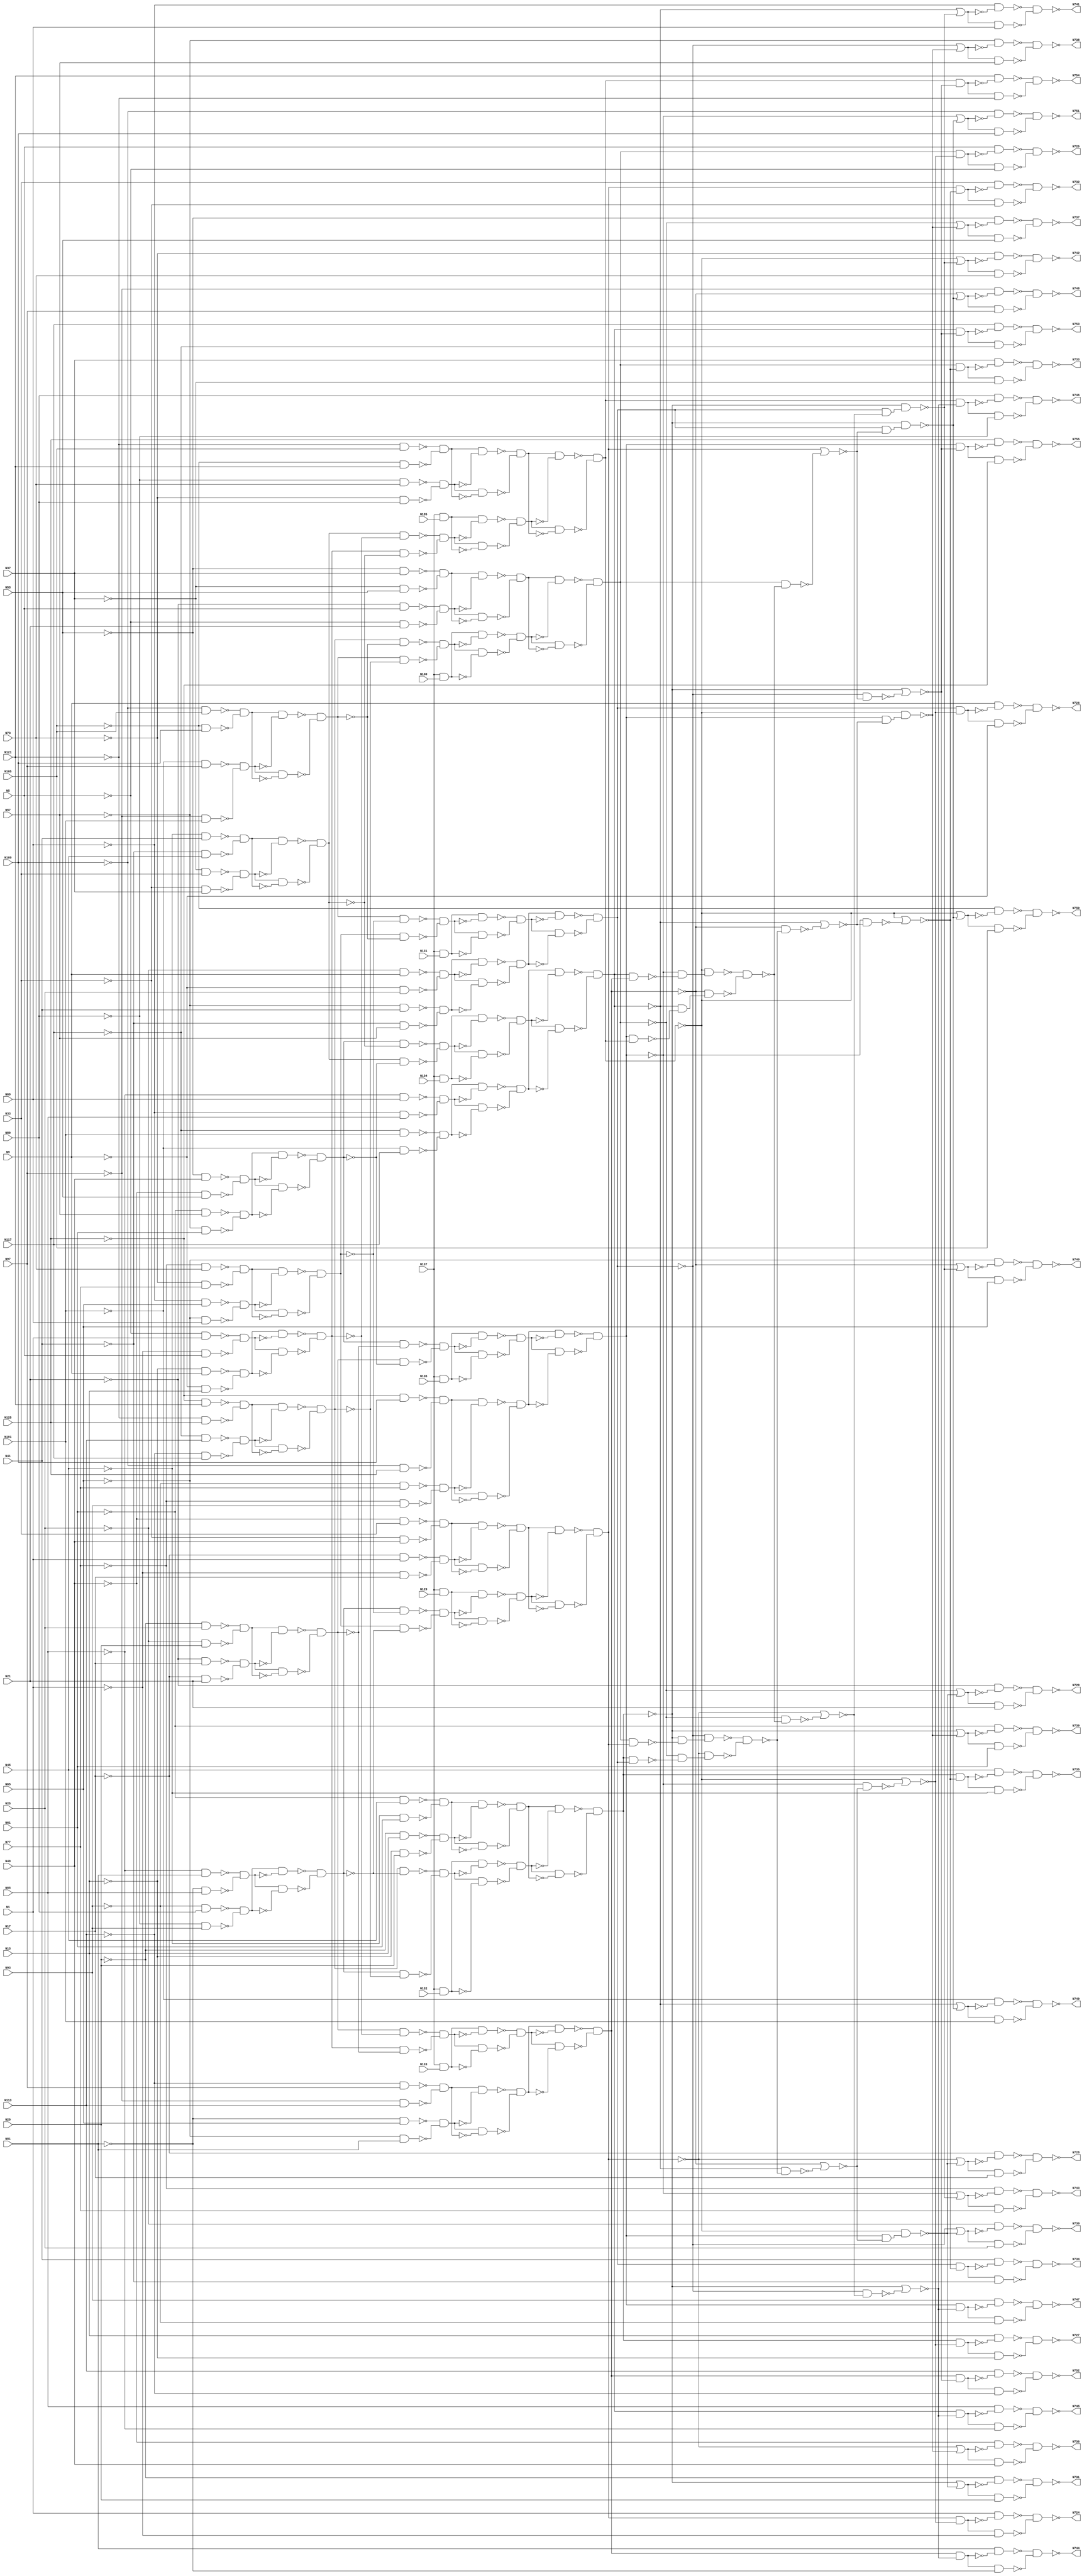

// Generated by Cadence Genus(TM) Synthesis Solution 16.22-s033_1
// Generated on: May  5 2020 09:32:50 EDT (May  5 2020 13:32:50 UTC)

// Verification Directory fv/c499 

module c499(N1, N5, N9, N13, N17, N21, N25, N29, N33, N37, N41, N45,
     N49, N53, N57, N61, N65, N69, N73, N77, N81, N85, N89, N93, N97,
     N101, N105, N109, N113, N117, N121, N125, N129, N130, N131, N132,
     N133, N134, N135, N136, N137, N724, N725, N726, N727, N728, N729,
     N730, N731, N732, N733, N734, N735, N736, N737, N738, N739, N740,
     N741, N742, N743, N744, N745, N746, N747, N748, N749, N750, N751,
     N752, N753, N754, N755);
  input N1, N5, N9, N13, N17, N21, N25, N29, N33, N37, N41, N45, N49,
       N53, N57, N61, N65, N69, N73, N77, N81, N85, N89, N93, N97,
       N101, N105, N109, N113, N117, N121, N125, N129, N130, N131,
       N132, N133, N134, N135, N136, N137;
  output N724, N725, N726, N727, N728, N729, N730, N731, N732, N733,
       N734, N735, N736, N737, N738, N739, N740, N741, N742, N743,
       N744, N745, N746, N747, N748, N749, N750, N751, N752, N753,
       N754, N755;
  wire N1, N5, N9, N13, N17, N21, N25, N29, N33, N37, N41, N45, N49,
       N53, N57, N61, N65, N69, N73, N77, N81, N85, N89, N93, N97,
       N101, N105, N109, N113, N117, N121, N125, N129, N130, N131,
       N132, N133, N134, N135, N136, N137;
  wire N724, N725, N726, N727, N728, N729, N730, N731, N732, N733,
       N734, N735, N736, N737, N738, N739, N740, N741, N742, N743,
       N744, N745, N746, N747, N748, N749, N750, N751, N752, N753,
       N754, N755;
  wire n_0, n_1, n_2, n_3, n_4, n_5, n_6, n_7;
  wire n_8, n_9, n_10, n_11, n_12, n_13, n_14, n_15;
  wire n_16, n_17, n_18, n_19, n_20, n_21, n_22, n_23;
  wire n_24, n_25, n_26, n_27, n_28, n_29, n_30, n_31;
  wire n_32, n_33, n_34, n_35, n_36, n_37, n_38, n_39;
  wire n_40, n_41, n_42, n_43, n_44, n_45, n_46, n_47;
  wire n_48, n_49, n_50, n_51, n_52, n_53, n_54, n_55;
  wire n_56, n_57, n_58, n_59, n_60, n_61, n_62, n_63;
  wire n_64, n_65, n_66, n_67, n_68, n_69, n_70, n_71;
  wire n_72, n_73, n_75, n_77, n_79, n_81, n_82, n_83;
  wire n_84, n_85, n_86, n_87, n_88, n_89, n_90, n_91;
  wire n_92, n_93, n_94, n_95, n_96, n_97, n_98, n_99;
  wire n_100, n_101, n_102, n_103, n_104, n_105, n_106, n_107;
  wire n_108, n_109, n_110, n_111, n_112, n_113, n_114, n_115;
  wire n_116, n_117, n_118, n_119, n_120, n_121, n_122, n_123;
  wire n_124, n_125, n_126, n_127, n_128, n_129, n_130, n_131;
  wire n_132, n_133, n_134, n_135, n_136, n_137, n_138, n_139;
  wire n_140, n_141, n_142, n_143, n_144, n_145, n_146, n_147;
  wire n_148, n_149, n_150, n_151, n_152, n_153, n_154, n_155;
  wire n_156, n_157, n_158, n_159, n_160, n_161, n_162, n_163;
  wire n_164, n_165, n_166, n_167, n_168, n_169, n_170, n_171;
  wire n_172, n_173, n_174, n_175, n_176, n_177, n_178, n_179;
  wire n_180, n_181, n_182, n_183, n_184, n_185;
  wire w, w0, w1, w2;
  nand g2112__7837 (N736, w0, w2);
  nand g2 (w2, w1, N49);
  not g1 (w1, n_185);
  nand g0 (w0, w, n_185);
  not g (w, N49);
  wire w3, w4, w5, w6;
  nand g2111__7557 (N729, w4, w6);
  nand g6 (w6, w5, N21);
  not g5 (w5, n_184);
  nand g4 (w4, w3, n_184);
  not g3 (w3, N21);
  wire w7, w8, w9, w10;
  nand g2119__7654 (N730, w8, w10);
  nand g10 (w10, w9, N25);
  not g9 (w9, n_183);
  nand g8 (w8, w7, n_183);
  not g7 (w7, N25);
  wire w11, w12, w13, w14;
  nand g2105__8867 (N731, w12, w14);
  nand g14 (w14, w13, N29);
  not g13 (w13, n_181);
  nand g12 (w12, w11, n_181);
  not g11 (w11, N29);
  wire w15, w16, w17, w18;
  nand g2110__1377 (N728, w16, w18);
  nand g18 (w18, w17, N17);
  not g17 (w17, n_159);
  nand g16 (w16, w15, n_159);
  not g15 (w15, N17);
  wire w19, w20, w21, w22;
  nand g2113__3717 (N737, w20, w22);
  nand g22 (w22, w21, N53);
  not g21 (w21, n_179);
  nand g20 (w20, w19, n_179);
  not g19 (w19, N53);
  wire w23, w24, w25, w26;
  nand g2106__4599 (N738, w24, w26);
  nand g26 (w26, w25, N57);
  not g25 (w25, n_176);
  nand g24 (w24, w23, n_176);
  not g23 (w23, N57);
  wire w27, w28, w29, w30;
  nand g2107__3779 (N739, w28, w30);
  nand g30 (w30, w29, N61);
  not g29 (w29, n_165);
  nand g28 (w28, w27, n_165);
  not g27 (w27, N61);
  wire w31, w32, w33, w34;
  nand g2116__2007 (N748, w32, w34);
  nand g34 (w34, w33, N97);
  not g33 (w33, n_173);
  nand g32 (w32, w31, n_173);
  not g31 (w31, N97);
  wire w35, w36, w37, w38;
  nand g2115__1237 (N741, w36, w38);
  nand g38 (w38, w37, N69);
  not g37 (w37, n_174);
  nand g36 (w36, w35, n_174);
  not g35 (w35, N69);
  wire w39, w40, w41, w42;
  nand g2108__1297 (N742, w40, w42);
  nand g42 (w42, w41, N73);
  not g41 (w41, n_168);
  nand g40 (w40, w39, n_168);
  not g39 (w39, N73);
  wire w43, w44, w45, w46;
  nand g2109__2006 (N743, w44, w46);
  nand g46 (w46, w45, N77);
  not g45 (w45, n_167);
  nand g44 (w44, w43, n_167);
  not g43 (w43, N77);
  wire w47, w48, w49, w50;
  nand g2114__2833 (N740, w48, w50);
  nand g50 (w50, w49, N65);
  not g49 (w49, n_171);
  nand g48 (w48, w47, n_171);
  not g47 (w47, N65);
  wire w51, w52, w53, w54;
  nand g2118__7547 (N749, w52, w54);
  nand g54 (w54, w53, N101);
  not g53 (w53, n_163);
  nand g52 (w52, w51, n_163);
  not g51 (w51, N101);
  wire w55, w56, w57, w58;
  nand g2117__7765 (N750, w56, w58);
  nand g58 (w58, w57, N105);
  not g57 (w57, n_161);
  nand g56 (w56, w55, n_161);
  not g55 (w55, N105);
  wire w59, w60, w61, w62;
  nand g2104__9867 (N751, w60, w62);
  nand g62 (w62, w61, N109);
  not g61 (w61, n_180);
  nand g60 (w60, w59, n_180);
  not g59 (w59, N109);
  wire w63, w64, w65, w66;
  nand g2092__3377 (N732, w64, w66);
  nand g66 (w66, w65, n_15);
  not g65 (w65, n_154);
  nand g64 (w64, w63, n_154);
  not g63 (w63, n_15);
  wire w67, w68, w69, w70;
  nand g2090__9719 (N726, w68, w70);
  nand g70 (w70, w69, n_2);
  not g69 (w69, n_153);
  nand g68 (w68, w67, n_153);
  not g67 (w67, n_2);
  wire w71, w72, w73, w74;
  nand g2091__1591 (N727, w72, w74);
  nand g74 (w74, w73, n_12);
  not g73 (w73, n_140);
  nand g72 (w72, w71, n_140);
  not g71 (w71, n_12);
  wire w75, w76, w77, w78;
  nand g2089__6789 (N725, w76, w78);
  nand g78 (w78, w77, n_7);
  not g77 (w77, n_131);
  nand g76 (w76, w75, n_131);
  not g75 (w75, n_7);
  wire w79, w80, w81, w82;
  nand g2103__5927 (N724, w80, w82);
  nand g82 (w82, w81, n_5);
  not g81 (w81, n_150);
  nand g80 (w80, w79, n_150);
  not g79 (w79, n_5);
  wire w83, w84, w85, w86;
  nand g2093__2001 (N733, w84, w86);
  nand g86 (w86, w85, n_13);
  not g85 (w85, n_138);
  nand g84 (w84, w83, n_138);
  not g83 (w83, n_13);
  wire w87, w88, w89, w90;
  nand g2094__1122 (N734, w88, w90);
  nand g90 (w90, w89, n_4);
  not g89 (w89, n_146);
  nand g88 (w88, w87, n_146);
  not g87 (w87, n_4);
  wire w91, w92, w93, w94;
  nand g2095__2005 (N735, w92, w94);
  nand g94 (w94, w93, n_3);
  not g93 (w93, n_135);
  nand g92 (w92, w91, n_135);
  not g91 (w91, n_3);
  wire w95, w96, w97, w98;
  nand g2100__9771 (N752, w96, w98);
  nand g98 (w98, w97, n_8);
  not g97 (w97, n_152);
  nand g96 (w96, w95, n_152);
  not g95 (w95, n_8);
  wire w99, w100, w101, w102;
  nand g2097__3457 (N745, w100, w102);
  nand g102 (w102, w101, n_10);
  not g101 (w101, n_157);
  nand g100 (w100, w99, n_157);
  not g99 (w99, n_10);
  wire w103, w104, w105, w106;
  nand g2098__1279 (N746, w104, w106);
  nand g106 (w106, w105, n_14);
  not g105 (w105, n_147);
  nand g104 (w104, w103, n_147);
  not g103 (w103, n_14);
  wire w107, w108, w109, w110;
  nand g2099__6179 (N747, w108, w110);
  nand g110 (w110, w109, n_6);
  not g109 (w109, n_137);
  nand g108 (w108, w107, n_137);
  not g107 (w107, n_6);
  wire w111, w112, w113, w114;
  nand g2096__7837 (N744, w112, w114);
  nand g114 (w114, w113, n_0);
  not g113 (w113, n_156);
  nand g112 (w112, w111, n_156);
  not g111 (w111, n_0);
  wire w115, w116, w117, w118;
  nand g2101__7557 (N753, w116, w118);
  nand g118 (w118, w117, n_1);
  not g117 (w117, n_143);
  nand g116 (w116, w115, n_143);
  not g115 (w115, n_1);
  wire w119, w120, w121, w122;
  nand g2102__7654 (N754, w120, w122);
  nand g122 (w122, w121, n_11);
  not g121 (w121, n_133);
  nand g120 (w120, w119, n_133);
  not g119 (w119, n_11);
  wire w123, w124, w125, w126;
  nand g2088__8867 (N755, w124, w126);
  nand g126 (w126, w125, n_9);
  not g125 (w125, n_139);
  nand g124 (w124, w123, n_139);
  not g123 (w123, n_9);
  nor g2140__1377 (n_185, n_158, n_178);
  nor g2137__3717 (n_184, n_177, n_182);
  nor g2138__4599 (n_183, n_175, n_182);
  nor g2139__3779 (n_181, n_164, n_182);
  nor g2136__2007 (n_180, n_166, n_172);
  nor g2141__1237 (n_179, n_177, n_178);
  nor g2142__1297 (n_176, n_175, n_178);
  nor g2145__2006 (n_174, n_162, n_170);
  nor g2148__2833 (n_173, n_169, n_172);
  nor g2144__7547 (n_171, n_169, n_170);
  nor g2146__7765 (n_168, n_160, n_170);
  nor g2147__9867 (n_167, n_166, n_170);
  nor g2143__3377 (n_165, n_164, n_178);
  nor g2149__9719 (n_163, n_162, n_172);
  nor g2150__1591 (n_161, n_160, n_172);
  nor g2151__6789 (n_159, n_158, n_182);
  nand g2129__5927 (n_157, n_141, n_155);
  nand g2128__2001 (n_156, n_151, n_155);
  nand g2124__1122 (n_154, n_148, n_145);
  nand g2122__2005 (n_153, n_144, n_149);
  nand g2120__9771 (n_152, n_151, n_142);
  nand g2121__3457 (n_150, n_148, n_149);
  nand g2130__1279 (n_147, n_132, n_155);
  nand g2125__6179 (n_146, n_144, n_145);
  nand g2133__7837 (n_143, n_141, n_142);
  nand g2123__7557 (n_140, n_134, n_149);
  nand g2132__7654 (n_139, n_136, n_142);
  nand g2126__8867 (n_138, n_130, n_145);
  nand g2131__1377 (n_137, n_136, n_155);
  nand g2127__3717 (n_135, n_134, n_145);
  nand g2134__4599 (n_133, n_132, n_142);
  nand g2135__3779 (n_131, n_130, n_149);
  nand g2152__2007 (n_178, n_160, n_128);
  nand g2154__1237 (n_182, n_160, n_127);
  nand g2155__1297 (n_170, n_164, n_129);
  nand g2156__2006 (n_172, n_164, n_126);
  nor g2153__2833 (n_145, n_160, n_121);
  nor g2157__7547 (n_149, n_160, n_117);
  nor g2158__7765 (n_155, n_164, n_119);
  nor g2159__9867 (n_142, n_164, n_122);
  not g2160 (n_129, n_123);
  not g2161 (n_128, n_124);
  not g2162 (n_127, n_125);
  not g2167 (n_126, n_115);
  nand g2165__3377 (n_125, n_136, n_116);
  nand g2164__9719 (n_124, n_136, n_120);
  nand g2163__1591 (n_123, n_144, n_118);
  nand g2166__6789 (n_122, n_175, n_114);
  nand g2170__5927 (n_121, n_166, n_120);
  nand g2169__2001 (n_119, n_175, n_118);
  nand g2168__1122 (n_117, n_166, n_116);
  nand g2171__2005 (n_115, n_144, n_114);
  nor g2172__9771 (n_116, n_169, n_109);
  nor g2173__3457 (n_120, n_162, n_110);
  nor g2174__1279 (n_114, n_148, n_112);
  nor g2175__6179 (n_118, n_158, n_113);
  nand g2179__7837 (n_113, n_177, n_111);
  nand g2176__7557 (n_112, n_130, n_111);
  nand g2177__7654 (n_110, n_169, n_108);
  nand g2178__8867 (n_109, n_162, n_108);
  nand g2180__1377 (n_111, n_104, n_107);
  nand g2181__3717 (n_108, n_105, n_106);
  nand g2182__4599 (n_107, n_169, n_102);
  nand g2183__3779 (n_106, n_158, n_100);
  nand g2184__2007 (n_105, n_175, n_103);
  nand g2185__1237 (n_104, n_160, n_101);
  not g2186 (n_103, n_99);
  not g2187 (n_102, n_98);
  not g2190 (n_101, n_97);
  not g2191 (n_100, n_96);
  nand g2188__1297 (n_99, n_164, n_95);
  nand g2189__2006 (n_98, n_162, n_94);
  nand g2192__2833 (n_97, n_166, n_93);
  nand g2193__7547 (n_96, n_177, n_92);
  nand g2194__7765 (n_95, n_130, n_148);
  nand g2195__9867 (n_94, n_136, n_132);
  nand g2196__3377 (n_93, n_141, n_151);
  nand g2197__9719 (n_92, n_134, n_144);
  not g2207 (n_132, n_160);
  not g2206 (n_130, n_177);
  not g2208 (n_136, n_166);
  not g2209 (n_144, n_175);
  not g2200 (n_141, n_162);
  not g2199 (n_151, n_169);
  not g2201 (n_134, n_164);
  not g2198 (n_148, n_158);
  wire w127, w128, w129, w130;
  nand g2210__1591 (n_177, w128, w130);
  nand g130 (w130, w129, n_62);
  not g129 (w129, n_86);
  nand g128 (w128, w127, n_86);
  not g127 (w127, n_62);
  wire w131, w132, w133, w134;
  nand g2203__6789 (n_169, w132, w134);
  nand g134 (w134, w133, n_61);
  not g133 (w133, n_87);
  nand g132 (w132, w131, n_87);
  not g131 (w131, n_61);
  wire w135, w136, w137, w138;
  nand g2204__5927 (n_162, w136, w138);
  nand g138 (w138, w137, n_56);
  not g137 (w137, n_88);
  nand g136 (w136, w135, n_88);
  not g135 (w135, n_56);
  wire w139, w140, w141, w142;
  nand g2205__2001 (n_164, w140, w142);
  nand g142 (w142, w141, n_63);
  not g141 (w141, n_90);
  nand g140 (w140, w139, n_90);
  not g139 (w139, n_63);
  wire w143, w144, w145, w146;
  nand g2202__1122 (n_158, w144, w146);
  nand g146 (w146, w145, n_59);
  not g145 (w145, n_89);
  nand g144 (w144, w143, n_89);
  not g143 (w143, n_59);
  wire w147, w148, w149, w150;
  nand g2212__2005 (n_166, w148, w150);
  nand g150 (w150, w149, n_58);
  not g149 (w149, n_85);
  nand g148 (w148, w147, n_85);
  not g147 (w147, n_58);
  wire w151, w152, w153, w154;
  nand g2213__9771 (n_175, w152, w154);
  nand g154 (w154, w153, n_60);
  not g153 (w153, n_84);
  nand g152 (w152, w151, n_84);
  not g151 (w151, n_60);
  wire w155, w156, w157, w158;
  nand g2211__3457 (n_160, w156, w158);
  nand g158 (w158, w157, n_57);
  not g157 (w157, n_91);
  nand g156 (w156, w155, n_91);
  not g155 (w155, n_57);
  wire w159, w160, w161, w162;
  nand g2216__1279 (n_91, w160, w162);
  nand g162 (w162, w161, n_18);
  not g161 (w161, n_82);
  nand g160 (w160, w159, n_82);
  not g159 (w159, n_18);
  wire w163, w164, w165, w166;
  nand g2215__6179 (n_90, w164, w166);
  nand g166 (w166, w165, n_20);
  not g165 (w165, n_83);
  nand g164 (w164, w163, n_83);
  not g163 (w163, n_20);
  wire w167, w168, w169, w170;
  nand g2214__7837 (n_89, w168, w170);
  nand g170 (w170, w169, n_23);
  not g169 (w169, n_71);
  nand g168 (w168, w167, n_71);
  not g167 (w167, n_23);
  wire w171, w172, w173, w174;
  nand g2217__7557 (n_88, w172, w174);
  nand g174 (w174, w173, n_16);
  not g173 (w173, n_77);
  nand g172 (w172, w171, n_77);
  not g171 (w171, n_16);
  wire w175, w176, w177, w178;
  nand g2220__7654 (n_87, w176, w178);
  nand g178 (w178, w177, n_21);
  not g177 (w177, n_81);
  nand g176 (w176, w175, n_81);
  not g175 (w175, n_21);
  wire w179, w180, w181, w182;
  nand g2219__8867 (n_86, w180, w182);
  nand g182 (w182, w181, n_17);
  not g181 (w181, n_73);
  nand g180 (w180, w179, n_73);
  not g179 (w179, n_17);
  wire w183, w184, w185, w186;
  nand g2218__1377 (n_85, w184, w186);
  nand g186 (w186, w185, n_19);
  not g185 (w185, n_69);
  nand g184 (w184, w183, n_69);
  not g183 (w183, n_19);
  wire w187, w188, w189, w190;
  nand g2221__3717 (n_84, w188, w190);
  nand g190 (w190, w189, n_22);
  not g189 (w189, n_66);
  nand g188 (w188, w187, n_66);
  not g187 (w187, n_22);
  wire w191, w192, w193, w194;
  nand g2224__4599 (n_83, w192, w194);
  nand g194 (w194, w193, n_72);
  not g193 (w193, n_70);
  nand g192 (w192, w191, n_70);
  not g191 (w191, n_72);
  wire w195, w196, w197, w198;
  nand g2223__3779 (n_82, w196, w198);
  nand g198 (w198, w197, n_75);
  not g197 (w197, n_79);
  nand g196 (w196, w195, n_79);
  not g195 (w195, n_75);
  wire w199, w200, w201, w202;
  nand g2222__2007 (n_81, w200, w202);
  nand g202 (w202, w201, n_68);
  not g201 (w201, n_79);
  nand g200 (w200, w199, n_79);
  not g199 (w199, n_68);
  wire w203, w204, w205, w206;
  nand g2225__1237 (n_77, w204, w206);
  nand g206 (w206, w205, n_67);
  not g205 (w205, n_75);
  nand g204 (w204, w203, n_75);
  not g203 (w203, n_67);
  wire w207, w208, w209, w210;
  nand g2228__1297 (n_73, w208, w210);
  nand g210 (w210, w209, n_72);
  not g209 (w209, n_64);
  nand g208 (w208, w207, n_64);
  not g207 (w207, n_72);
  wire w211, w212, w213, w214;
  nand g2227__2006 (n_71, w212, w214);
  nand g214 (w214, w213, n_70);
  not g213 (w213, n_65);
  nand g212 (w212, w211, n_65);
  not g211 (w211, n_70);
  wire w215, w216, w217, w218;
  nand g2226__2833 (n_69, w216, w218);
  nand g218 (w218, w217, n_67);
  not g217 (w217, n_68);
  nand g216 (w216, w215, n_68);
  not g215 (w215, n_67);
  wire w219, w220, w221, w222;
  nand g2229__7547 (n_66, w220, w222);
  nand g222 (w222, w221, n_64);
  not g221 (w221, n_65);
  nand g220 (w220, w219, n_65);
  not g219 (w219, n_64);
  wire w223, w224, w225, w226;
  nand g2230__7765 (n_63, w224, w226);
  nand g226 (w226, w225, n_34);
  not g225 (w225, n_33);
  nand g224 (w224, w223, n_33);
  not g223 (w223, n_34);
  wire w227, w228, w229, w230;
  nand g2231__9867 (n_62, w228, w230);
  nand g230 (w230, w229, n_50);
  not g229 (w229, n_48);
  nand g228 (w228, w227, n_48);
  not g227 (w227, n_50);
  wire w231, w232, w233, w234;
  nand g2232__3377 (n_61, w232, w234);
  nand g234 (w234, w233, n_27);
  not g233 (w233, n_25);
  nand g232 (w232, w231, n_25);
  not g231 (w231, n_27);
  wire w235, w236, w237, w238;
  nand g2233__9719 (n_75, w236, w238);
  nand g238 (w238, w237, n_32);
  not g237 (w237, n_26);
  nand g236 (w236, w235, n_26);
  not g235 (w235, n_32);
  wire w239, w240, w241, w242;
  nand g2234__1591 (n_68, w240, w242);
  nand g242 (w242, w241, n_35);
  not g241 (w241, n_54);
  nand g240 (w240, w239, n_54);
  not g239 (w239, n_35);
  wire w243, w244, w245, w246;
  nand g2235__6789 (n_79, w244, w246);
  nand g246 (w246, w245, n_39);
  not g245 (w245, n_40);
  nand g244 (w244, w243, n_40);
  not g243 (w243, n_39);
  wire w247, w248, w249, w250;
  nand g2236__5927 (n_65, w248, w250);
  nand g250 (w250, w249, n_29);
  not g249 (w249, n_36);
  nand g248 (w248, w247, n_36);
  not g247 (w247, n_29);
  wire w251, w252, w253, w254;
  nand g2237__2001 (n_70, w252, w254);
  nand g254 (w254, w253, n_24);
  not g253 (w253, n_31);
  nand g252 (w252, w251, n_31);
  not g251 (w251, n_24);
  wire w255, w256, w257, w258;
  nand g2242__1122 (n_60, w256, w258);
  nand g258 (w258, w257, n_51);
  not g257 (w257, n_41);
  nand g256 (w256, w255, n_41);
  not g255 (w255, n_51);
  wire w259, w260, w261, w262;
  nand g2239__2005 (n_59, w260, w262);
  nand g262 (w262, w261, n_30);
  not g261 (w261, n_43);
  nand g260 (w260, w259, n_43);
  not g259 (w259, n_30);
  wire w263, w264, w265, w266;
  nand g2240__9771 (n_58, w264, w266);
  nand g266 (w266, w265, n_42);
  not g265 (w265, n_49);
  nand g264 (w264, w263, n_49);
  not g263 (w263, n_42);
  wire w267, w268, w269, w270;
  nand g2241__3457 (n_57, w268, w270);
  nand g270 (w270, w269, n_38);
  not g269 (w269, n_28);
  nand g268 (w268, w267, n_28);
  not g267 (w267, n_38);
  wire w271, w272, w273, w274;
  nand g2238__1279 (n_56, w272, w274);
  nand g274 (w274, w273, n_47);
  not g273 (w273, n_55);
  nand g272 (w272, w271, n_55);
  not g271 (w271, n_47);
  wire w275, w276, w277, w278;
  nand g2244__6179 (n_64, w276, w278);
  nand g278 (w278, w277, n_45);
  not g277 (w277, n_44);
  nand g276 (w276, w275, n_44);
  not g275 (w275, n_45);
  wire w279, w280, w281, w282;
  nand g2245__7837 (n_67, w280, w282);
  nand g282 (w282, w281, n_52);
  not g281 (w281, n_53);
  nand g280 (w280, w279, n_53);
  not g279 (w279, n_52);
  wire w283, w284, w285, w286;
  nand g2243__7557 (n_72, w284, w286);
  nand g286 (w286, w285, n_46);
  not g285 (w285, n_37);
  nand g284 (w284, w283, n_37);
  not g283 (w283, n_46);
  wire w287, w288, w289, w290;
  nand g2277__7654 (n_55, w288, w290);
  nand g290 (w290, w289, N85);
  not g289 (w289, N69);
  nand g288 (w288, w287, N69);
  not g287 (w287, N85);
  wire w291, w292, w293, w294;
  nand g2263__8867 (n_54, w292, w294);
  nand g294 (w294, w293, N21);
  not g293 (w293, N17);
  nand g292 (w292, w291, N17);
  not g291 (w291, N21);
  wire w295, w296, w297, w298;
  nand g2260__1377 (n_53, w296, w298);
  nand g298 (w298, w297, N53);
  not g297 (w297, N49);
  nand g296 (w296, w295, N49);
  not g295 (w295, N53);
  wire w299, w300, w301, w302;
  nand g2262__3717 (n_52, w300, w302);
  nand g302 (w302, w301, N61);
  not g301 (w301, N57);
  nand g300 (w300, w299, N57);
  not g299 (w299, N61);
  wire w303, w304, w305, w306;
  nand g2264__4599 (n_51, w304, w306);
  nand g306 (w306, w305, N57);
  not g305 (w305, N41);
  nand g304 (w304, w303, N41);
  not g303 (w303, N57);
  wire w307, w308, w309, w310;
  nand g2265__3779 (n_50, w308, w310);
  nand g310 (w310, w309, N53);
  not g309 (w309, N37);
  nand g308 (w308, w307, N37);
  not g307 (w307, N53);
  wire w311, w312, w313, w314;
  nand g2259__2007 (n_49, w312, w314);
  nand g314 (w314, w313, N93);
  not g313 (w313, N77);
  nand g312 (w312, w311, N77);
  not g311 (w311, N93);
  wire w315, w316, w317, w318;
  nand g2258__1237 (n_48, w316, w318);
  nand g318 (w318, w317, N21);
  not g317 (w317, N5);
  nand g316 (w316, w315, N5);
  not g315 (w315, N21);
  wire w319, w320, w321, w322;
  nand g2268__1297 (n_47, w320, w322);
  nand g322 (w322, w321, N117);
  not g321 (w321, N101);
  nand g320 (w320, w319, N101);
  not g319 (w319, N117);
  wire w323, w324, w325, w326;
  nand g2270__2006 (n_46, w324, w326);
  nand g326 (w326, w325, N125);
  not g325 (w325, N121);
  nand g324 (w324, w323, N121);
  not g323 (w323, N125);
  wire w327, w328, w329, w330;
  nand g2272__2833 (n_45, w328, w330);
  nand g330 (w330, w329, N109);
  not g329 (w329, N105);
  nand g328 (w328, w327, N105);
  not g327 (w327, N109);
  wire w331, w332, w333, w334;
  nand g2273__7547 (n_44, w332, w334);
  nand g334 (w334, w333, N101);
  not g333 (w333, N97);
  nand g332 (w332, w331, N97);
  not g331 (w331, N101);
  wire w335, w336, w337, w338;
  nand g2274__7765 (n_43, w336, w338);
  nand g338 (w338, w337, N17);
  not g337 (w337, N1);
  nand g336 (w336, w335, N1);
  not g335 (w335, N17);
  wire w339, w340, w341, w342;
  nand g2269__9867 (n_42, w340, w342);
  nand g342 (w342, w341, N125);
  not g341 (w341, N109);
  nand g340 (w340, w339, N109);
  not g339 (w339, N125);
  wire w343, w344, w345, w346;
  nand g2276__3377 (n_41, w344, w346);
  nand g346 (w346, w345, N25);
  not g345 (w345, N9);
  nand g344 (w344, w343, N9);
  not g343 (w343, N25);
  wire w347, w348, w349, w350;
  nand g2257__9719 (n_40, w348, w350);
  nand g350 (w350, w349, N5);
  not g349 (w349, N1);
  nand g348 (w348, w347, N1);
  not g347 (w347, N5);
  wire w351, w352, w353, w354;
  nand g2255__1591 (n_39, w352, w354);
  nand g354 (w354, w353, N13);
  not g353 (w353, N9);
  nand g352 (w352, w351, N9);
  not g351 (w351, N13);
  wire w355, w356, w357, w358;
  nand g2275__6789 (n_38, w356, w358);
  nand g358 (w358, w357, N121);
  not g357 (w357, N105);
  nand g356 (w356, w355, N105);
  not g355 (w355, N121);
  wire w359, w360, w361, w362;
  nand g2271__5927 (n_37, w360, w362);
  nand g362 (w362, w361, N117);
  not g361 (w361, N113);
  nand g360 (w360, w359, N113);
  not g359 (w359, N117);
  wire w363, w364, w365, w366;
  nand g2246__2001 (n_36, w364, w366);
  nand g366 (w366, w365, N69);
  not g365 (w365, N65);
  nand g364 (w364, w363, N65);
  not g363 (w363, N69);
  wire w367, w368, w369, w370;
  nand g2247__1122 (n_35, w368, w370);
  nand g370 (w370, w369, N29);
  not g369 (w369, N25);
  nand g368 (w368, w367, N25);
  not g367 (w367, N29);
  wire w371, w372, w373, w374;
  nand g2248__2005 (n_34, w372, w374);
  nand g374 (w374, w373, N61);
  not g373 (w373, N45);
  nand g372 (w372, w371, N45);
  not g371 (w371, N61);
  wire w375, w376, w377, w378;
  nand g2249__9771 (n_33, w376, w378);
  nand g378 (w378, w377, N29);
  not g377 (w377, N13);
  nand g376 (w376, w375, N13);
  not g375 (w375, N29);
  wire w379, w380, w381, w382;
  nand g2267__3457 (n_32, w380, w382);
  nand g382 (w382, w381, N45);
  not g381 (w381, N41);
  nand g380 (w380, w379, N41);
  not g379 (w379, N45);
  wire w383, w384, w385, w386;
  nand g2250__1279 (n_31, w384, w386);
  nand g386 (w386, w385, N85);
  not g385 (w385, N81);
  nand g384 (w384, w383, N81);
  not g383 (w383, N85);
  wire w387, w388, w389, w390;
  nand g2251__6179 (n_30, w388, w390);
  nand g390 (w390, w389, N49);
  not g389 (w389, N33);
  nand g388 (w388, w387, N33);
  not g387 (w387, N49);
  wire w391, w392, w393, w394;
  nand g2252__7837 (n_29, w392, w394);
  nand g394 (w394, w393, N77);
  not g393 (w393, N73);
  nand g392 (w392, w391, N73);
  not g391 (w391, N77);
  wire w395, w396, w397, w398;
  nand g2261__7557 (n_28, w396, w398);
  nand g398 (w398, w397, N89);
  not g397 (w397, N73);
  nand g396 (w396, w395, N73);
  not g395 (w395, N89);
  wire w399, w400, w401, w402;
  nand g2253__7654 (n_27, w400, w402);
  nand g402 (w402, w401, N113);
  not g401 (w401, N97);
  nand g400 (w400, w399, N97);
  not g399 (w399, N113);
  wire w403, w404, w405, w406;
  nand g2266__8867 (n_26, w404, w406);
  nand g406 (w406, w405, N37);
  not g405 (w405, N33);
  nand g404 (w404, w403, N33);
  not g403 (w403, N37);
  wire w407, w408, w409, w410;
  nand g2254__1377 (n_25, w408, w410);
  nand g410 (w410, w409, N81);
  not g409 (w409, N65);
  nand g408 (w408, w407, N65);
  not g407 (w407, N81);
  wire w411, w412, w413, w414;
  nand g2256__3717 (n_24, w412, w414);
  nand g414 (w414, w413, N93);
  not g413 (w413, N89);
  nand g412 (w412, w411, N89);
  not g411 (w411, N93);
  nand g2280__4599 (n_23, N137, N129);
  nand g2282__3779 (n_22, N137, N131);
  nand g2284__2007 (n_21, N137, N133);
  nand g2281__1237 (n_20, N137, N132);
  nand g2285__1297 (n_19, N137, N136);
  nand g2278__2006 (n_18, N137, N135);
  nand g2279__2833 (n_17, N137, N130);
  nand g2283__7547 (n_16, N137, N134);
  not g2298 (n_15, N33);
  not g2292 (n_14, N89);
  not g2294 (n_13, N37);
  not g2295 (n_12, N13);
  not g2297 (n_11, N121);
  not g2286 (n_10, N85);
  not g2301 (n_9, N125);
  not g2287 (n_8, N113);
  not g2288 (n_7, N5);
  not g2299 (n_6, N93);
  not g2290 (n_5, N1);
  not g2300 (n_4, N41);
  not g2289 (n_3, N45);
  not g2293 (n_2, N9);
  not g2296 (n_1, N117);
  not g2291 (n_0, N81);
endmodule